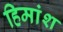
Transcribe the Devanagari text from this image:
हिमांश